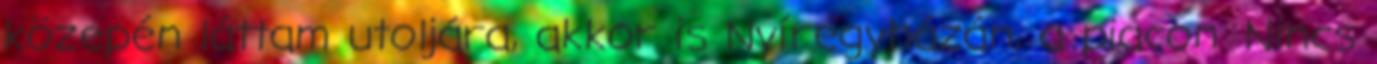
közepén láttam utoljára, akkor is Nyíregyházán, a piacon. Nincs